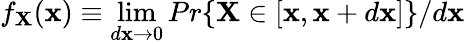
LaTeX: f_{\mathbf{X}}(\mathbf{x})\equiv\operatorname*{lim}_{d\mathbf{x}\to0}Pr\{ \mathbf{X}\in[\mathbf{x},\mathbf{x}+d\mathbf{x}]\} /d\mathbf{x}